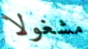
مشغولا